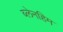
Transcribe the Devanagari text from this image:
ब्लेनहिम